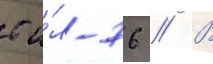
с и́л-76 // В